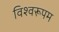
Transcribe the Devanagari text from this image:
विश्‍वरूपम